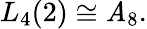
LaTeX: L_{4}(2)\cong\mathit{A}_{8}.